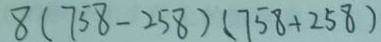
8 ( 7 5 8 - 2 5 8 ) ( 7 5 8 + 2 5 8 )